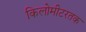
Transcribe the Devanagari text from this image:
किलोमीटरतक